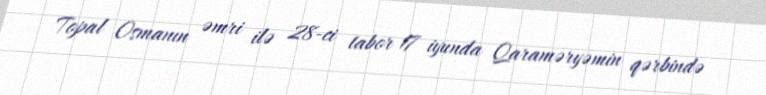
Topal Osmanın əmri ilə 28-ci tabor 17 iyunda Qaraməryəmin qərbində